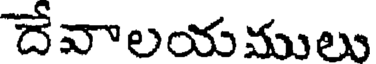
దేవాలయములు